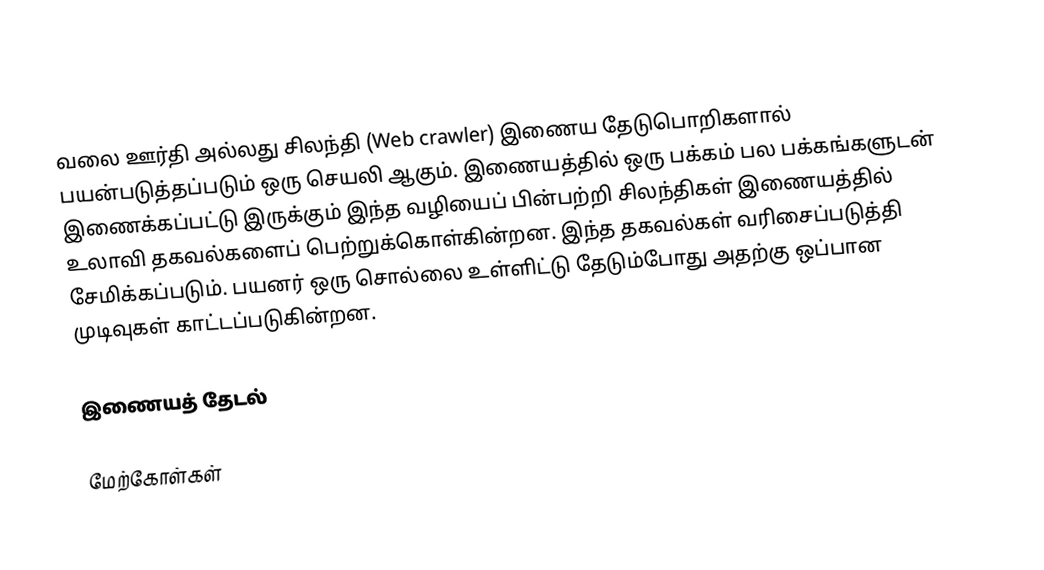
வலை ஊர்தி அல்லது சிலந்தி (Web crawler) இணைய தேடுபொறிகளால் பயன்படுத்தப்படும் ஒரு செயலி ஆகும். இணையத்தில் ஒரு பக்கம் பல பக்கங்களுடன் இணைக்கப்பட்டு இருக்கும் இந்த வழியைப் பின்பற்றி சிலந்திகள் இணையத்தில் உலாவி தகவல்களைப் பெற்றுக்கொள்கின்றன. இந்த தகவல்கள் வரிசைப்படுத்தி சேமிக்கப்படும். பயனர் ஒரு சொல்லை உள்ளிட்டு தேடும்போது அதற்கு ஒப்பான முடிவுகள் காட்டப்படுகின்றன.

இணையத் தேடல்

மேற்கோள்கள்